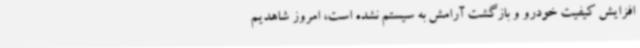
افزایش کیفیت خودرو و بازگشت آرامش به سیستم نشده است، امروز شاهدیم